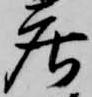
庄